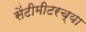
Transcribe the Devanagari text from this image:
सेंटीमीटरच्या